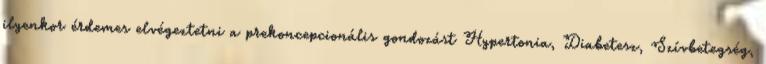
ilyenkor érdemes elvégeztetni a prekoncepcionális gondozást Hypertonia, Diabetesz, Szívbetegség,